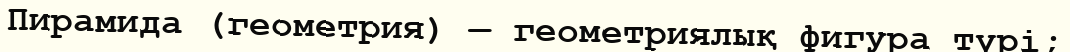
Пирамида (геометрия) — геометриялық фигура түрі;